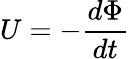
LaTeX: U=-{\frac{d\Phi}{dt}}